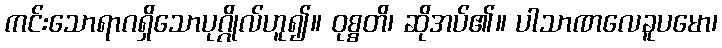
ကင်းသောရာဂရှိသောပုဂ္ဂိုလ်ဟူ၍။ ဝုစ္စတိ၊ ဆိုအပ်၏။ ပါသာဏလေခူပမော၊